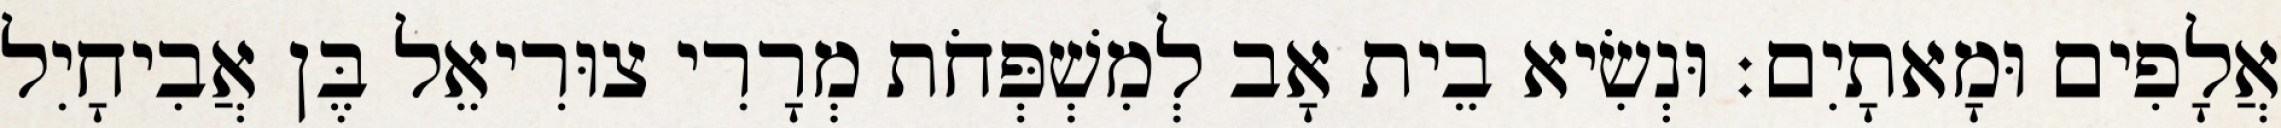
אֲלָפִים וּמָאתָיִם׃ וּנְשִׂיא בֵית אָב לְמִשְׁפְּחֹת מְרָרִי צוּרִיאֵל בֶּן אֲבִיחָיִל